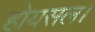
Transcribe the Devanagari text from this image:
होयसल।